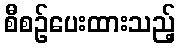
စီစဉ်ပေးထားသည့်